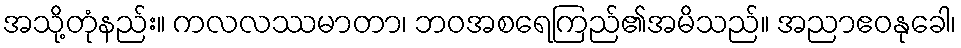
အသို့တုံနည်း။ ကလလဿမာတာ၊ ဘဝအစရေကြည်၏အမိသည်။ အညာဧဝနုခေါ၊